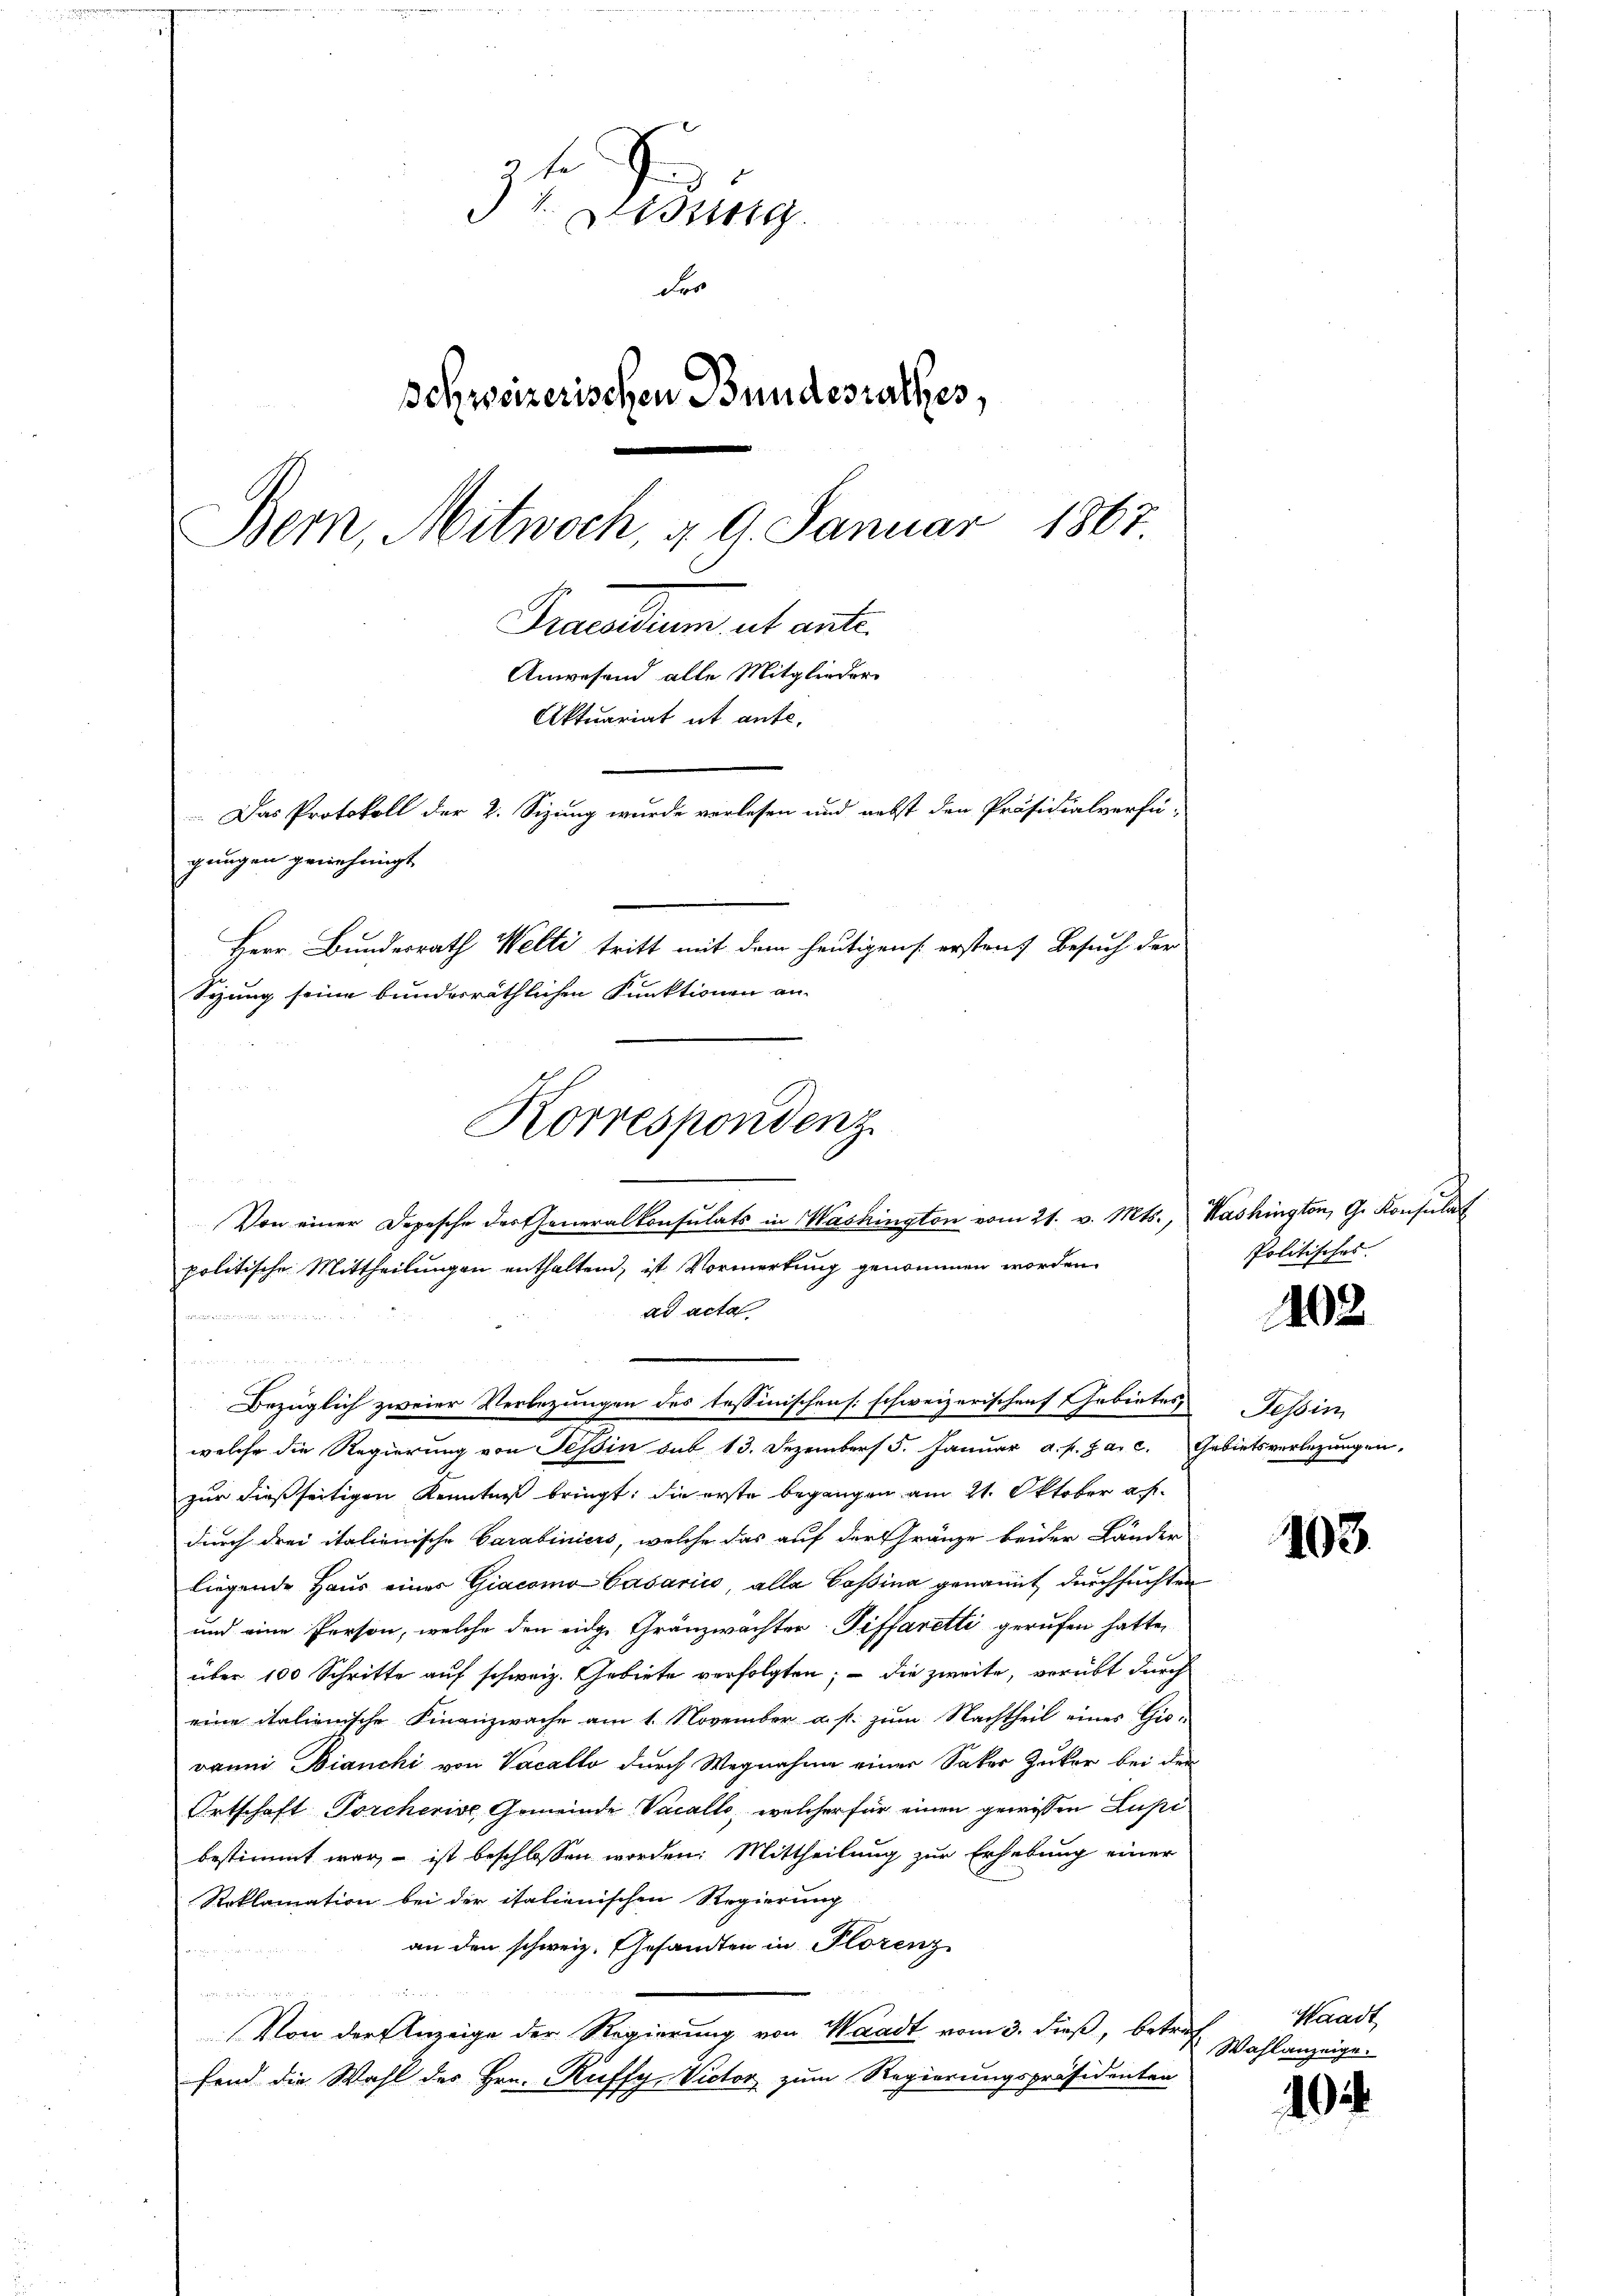
34. Leistung
der
Schweizerischen Bundesrathes,
Bern, Mitwoch, d. 9. Januar 1867
Praesidium et anti
Anwesend alle Mitglieder
Aktuariat it ante,
 Das Protokoll der 2. Sizung wurde verlesen und nebst den Präsidialverfü-
gungen genehmigt,
Herr Bundesrath Welti tritt mit dem heutigens erstens Besuch der

Syung seine bundesräthlichen Funktionen an.
Von einer Depesche der Generalkonsulats in Washington vom 21. v. Mts., Washington, G. Konsulat
politische Mittheilungen enthaltend, ist Vormerkung genommen worden.
ad acta
zur dießseitigen Kenntnis bringt, die erste begangen am 21. Oktober a
durch drei italienische Carabiniers, welche das auf der Gränze beider Länder
liegende Haus einer Giacomo Casariis, alle Casina genannt durchsuchten
und eine Person, welche den eidg. Gränzwachter Tiffaretti gerufen hatte,
über 100 Schritte auf schweiz. Gebiete verfolgten; – die zweite, verübt durch
eine italienische Finanzwache am 1. November a. p. zum Nachtheil eines Giovanni Bianchi von Vacallo durch Wegnahme einer Saker Zuker bei der
Ortschaft Torcherive Gemeinde Vacallo, welcher für einen gewissen Lupi
bestimmt war, – ist beschlossen worden. Mittheilung zur Erhebung einer
Roklamation bei der italienischen Regierung
an den schweiz. Gesandten in Plorenz

Von der Anzeige der Regierung von Waadt vom 3. dieß, betrefend die Wahl des Hrn. Riffy, Victor zum Regierungspräsidenten

waren

Korrespondenz.

a
Bezüglich zweier Verbezungen des tessinischen [: schweizerischen Gebietes Tessin,
welche die Regierung von Tessin sub 13. Dezember 5. Januar a. p. a. c. Gebietsverlegungen,

Politisches.

102

103.

Waadt
Wahlanzeige.

10